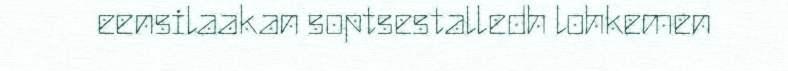
eensilaakan soptsestalledh lohkemen